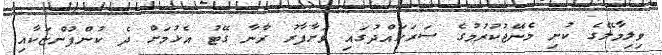
ވިލިމާލޭގެ ކުނި މެނޭޖުކުރުމުގެ ސަރަހައްދުގައި ވަށާފާރު ރާނާ ގޭޓު އެޅުމަށް ދެ ކުންފުންޏަކާއި